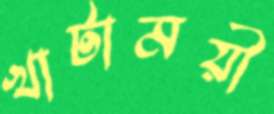
খাটাময়ী